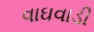
વાઘવાડી